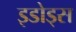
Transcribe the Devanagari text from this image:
इडोड्स